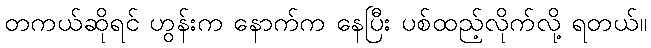
တကယ်ဆိုရင် ဟွန်းက နောက်က နေပြီး ပစ်ထည့်လိုက်လို့ ရတယ်။